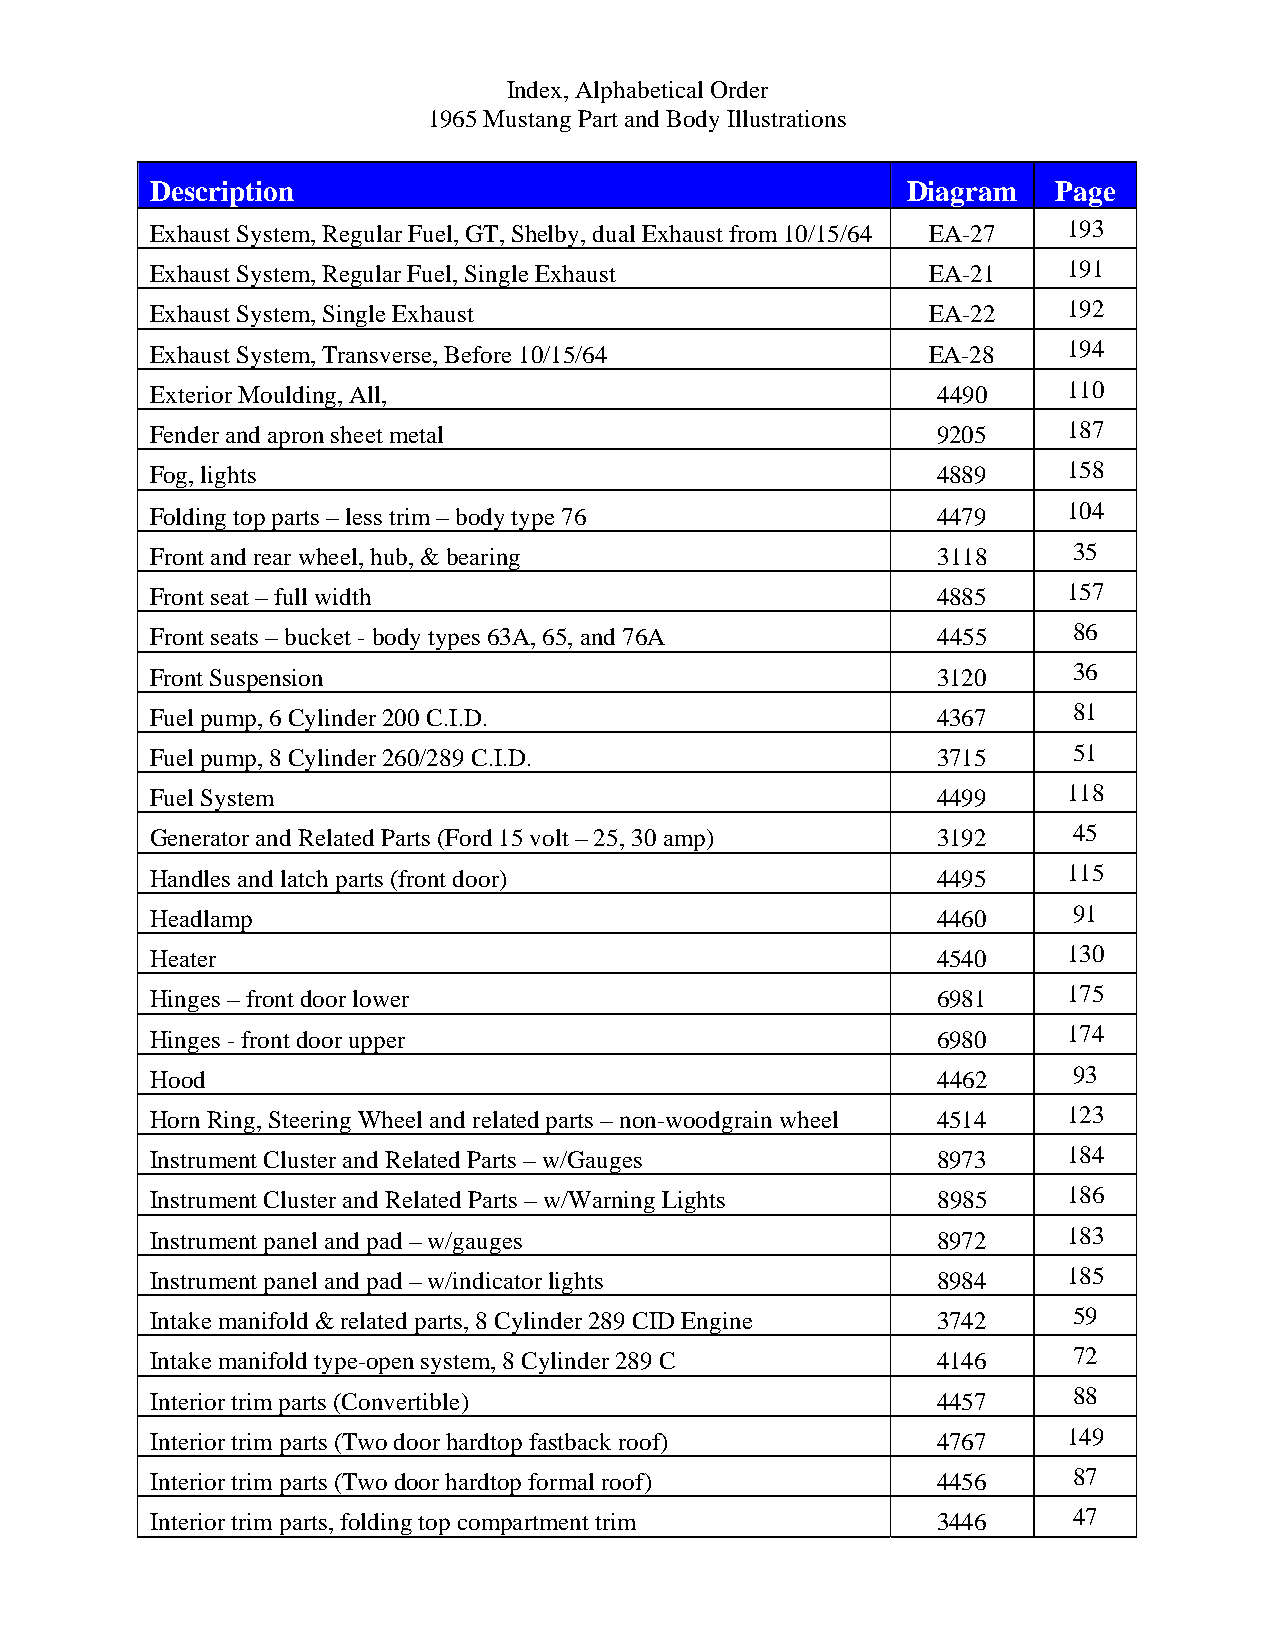
Index, Alphabetical Order
 1965 Mustang Part and Body Illustrations
 Description                                       Diagram   Page
 Exhaust System, Regular Fuel, GT, Shelby, dual Exhaust from 10/15/64 EA-27 193
 Exhaust System, Regular Fuel, Single Exhaust        EA-21    191
 Exhaust System, Single Exhaust                      EA-22    192
 Exhaust System, Transverse, Before 10/15/64        EA-28     194
 Exterior Moulding, All,                             4490     110
 Fender and apron sheet metal                        9205     187
 Fog, lights                                         4889     158
 Folding top parts – less trim – body type 76        4479     104
 Front and rear wheel, hub, & bearing                3118     35
 Front seat – full width                             4885     157
 Front seats – bucket - body types 63A, 65, and 76A  4455     86
 Front Suspension                                    3120     36
 Fuel pump, 6 Cylinder 200 C.I.D.                    4367     81
 Fuel pump, 8 Cylinder 260/289 C.I.D.                3715     51
 Fuel System                                         4499     118
 Generator and Related Parts (Ford 15 volt – 25, 30 amp) 3192 45
 Handles and latch parts (front door)                4495     115
 Headlamp                                            4460     91
 Heater                                              4540     130
 Hinges – front door lower                           6981     175
 Hinges - front door upper                           6980     174
 Hood                                                4462     93
 Horn Ring, Steering Wheel and related parts – non-woodgrain wheel 4514 123
 Instrument Cluster and Related Parts – w/Gauges     8973     184
 Instrument Cluster and Related Parts – w/Warning Lights 8985 186
 Instrument panel and pad – w/gauges                 8972     183
 Instrument panel and pad – w/indicator lights       8984     185
 Intake manifold & related parts, 8 Cylinder 289 CID Engine 3742 59
 Intake manifold type-open system, 8 Cylinder 289 C  4146     72
 Interior trim parts (Convertible)                   4457     88
 Interior trim parts (Two door hardtop fastback roof) 4767    149
 Interior trim parts (Two door hardtop formal roof)  4456     87
 Interior trim parts, folding top compartment trim   3446     47